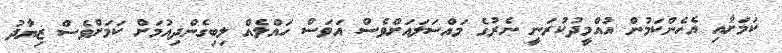
ކަމަށާއި އެހެންކަމުން އުއްމީދުކުރަނީ ނެރުގެ މައްސަލައަށްވެސް އަވަސް ހައްލެއް ލިބިގެންދިއުމަށް ކަމަށްވެސް ޒިޔާދު